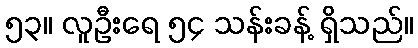
၅၃။ လူဦးရေ ၅၄ သန်းခန့် ရှိသည်။